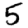
Digit: 5